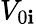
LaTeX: V_{0\mathbf{i}}